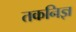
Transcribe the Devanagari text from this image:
तकनिज्ञ